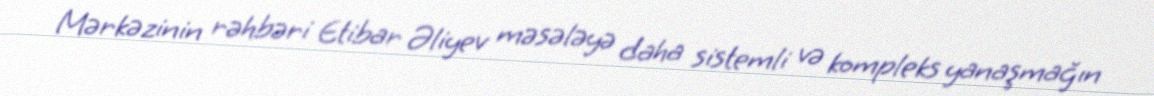
Mərkəzinin rəhbəri Etibar Əliyev məsələyə daha sistemli və kompleks yanaşmağın